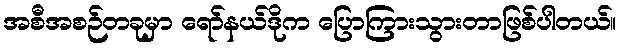
အစီအစဉ်တခုမှာ ရော်နယ်ဒိုက ပြောကြားသွားတာဖြစ်ပါတယ်။